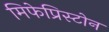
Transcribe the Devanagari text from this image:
मिफेप्रिस्टोन